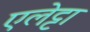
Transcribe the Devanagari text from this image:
एलेट्टा